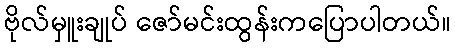
ဗိုလ်မှူးချုပ် ဇော်မင်းထွန်းကပြောပါတယ်။